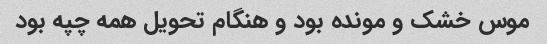
موس خشک و مونده بود و هنگام تحویل همه چپه بود